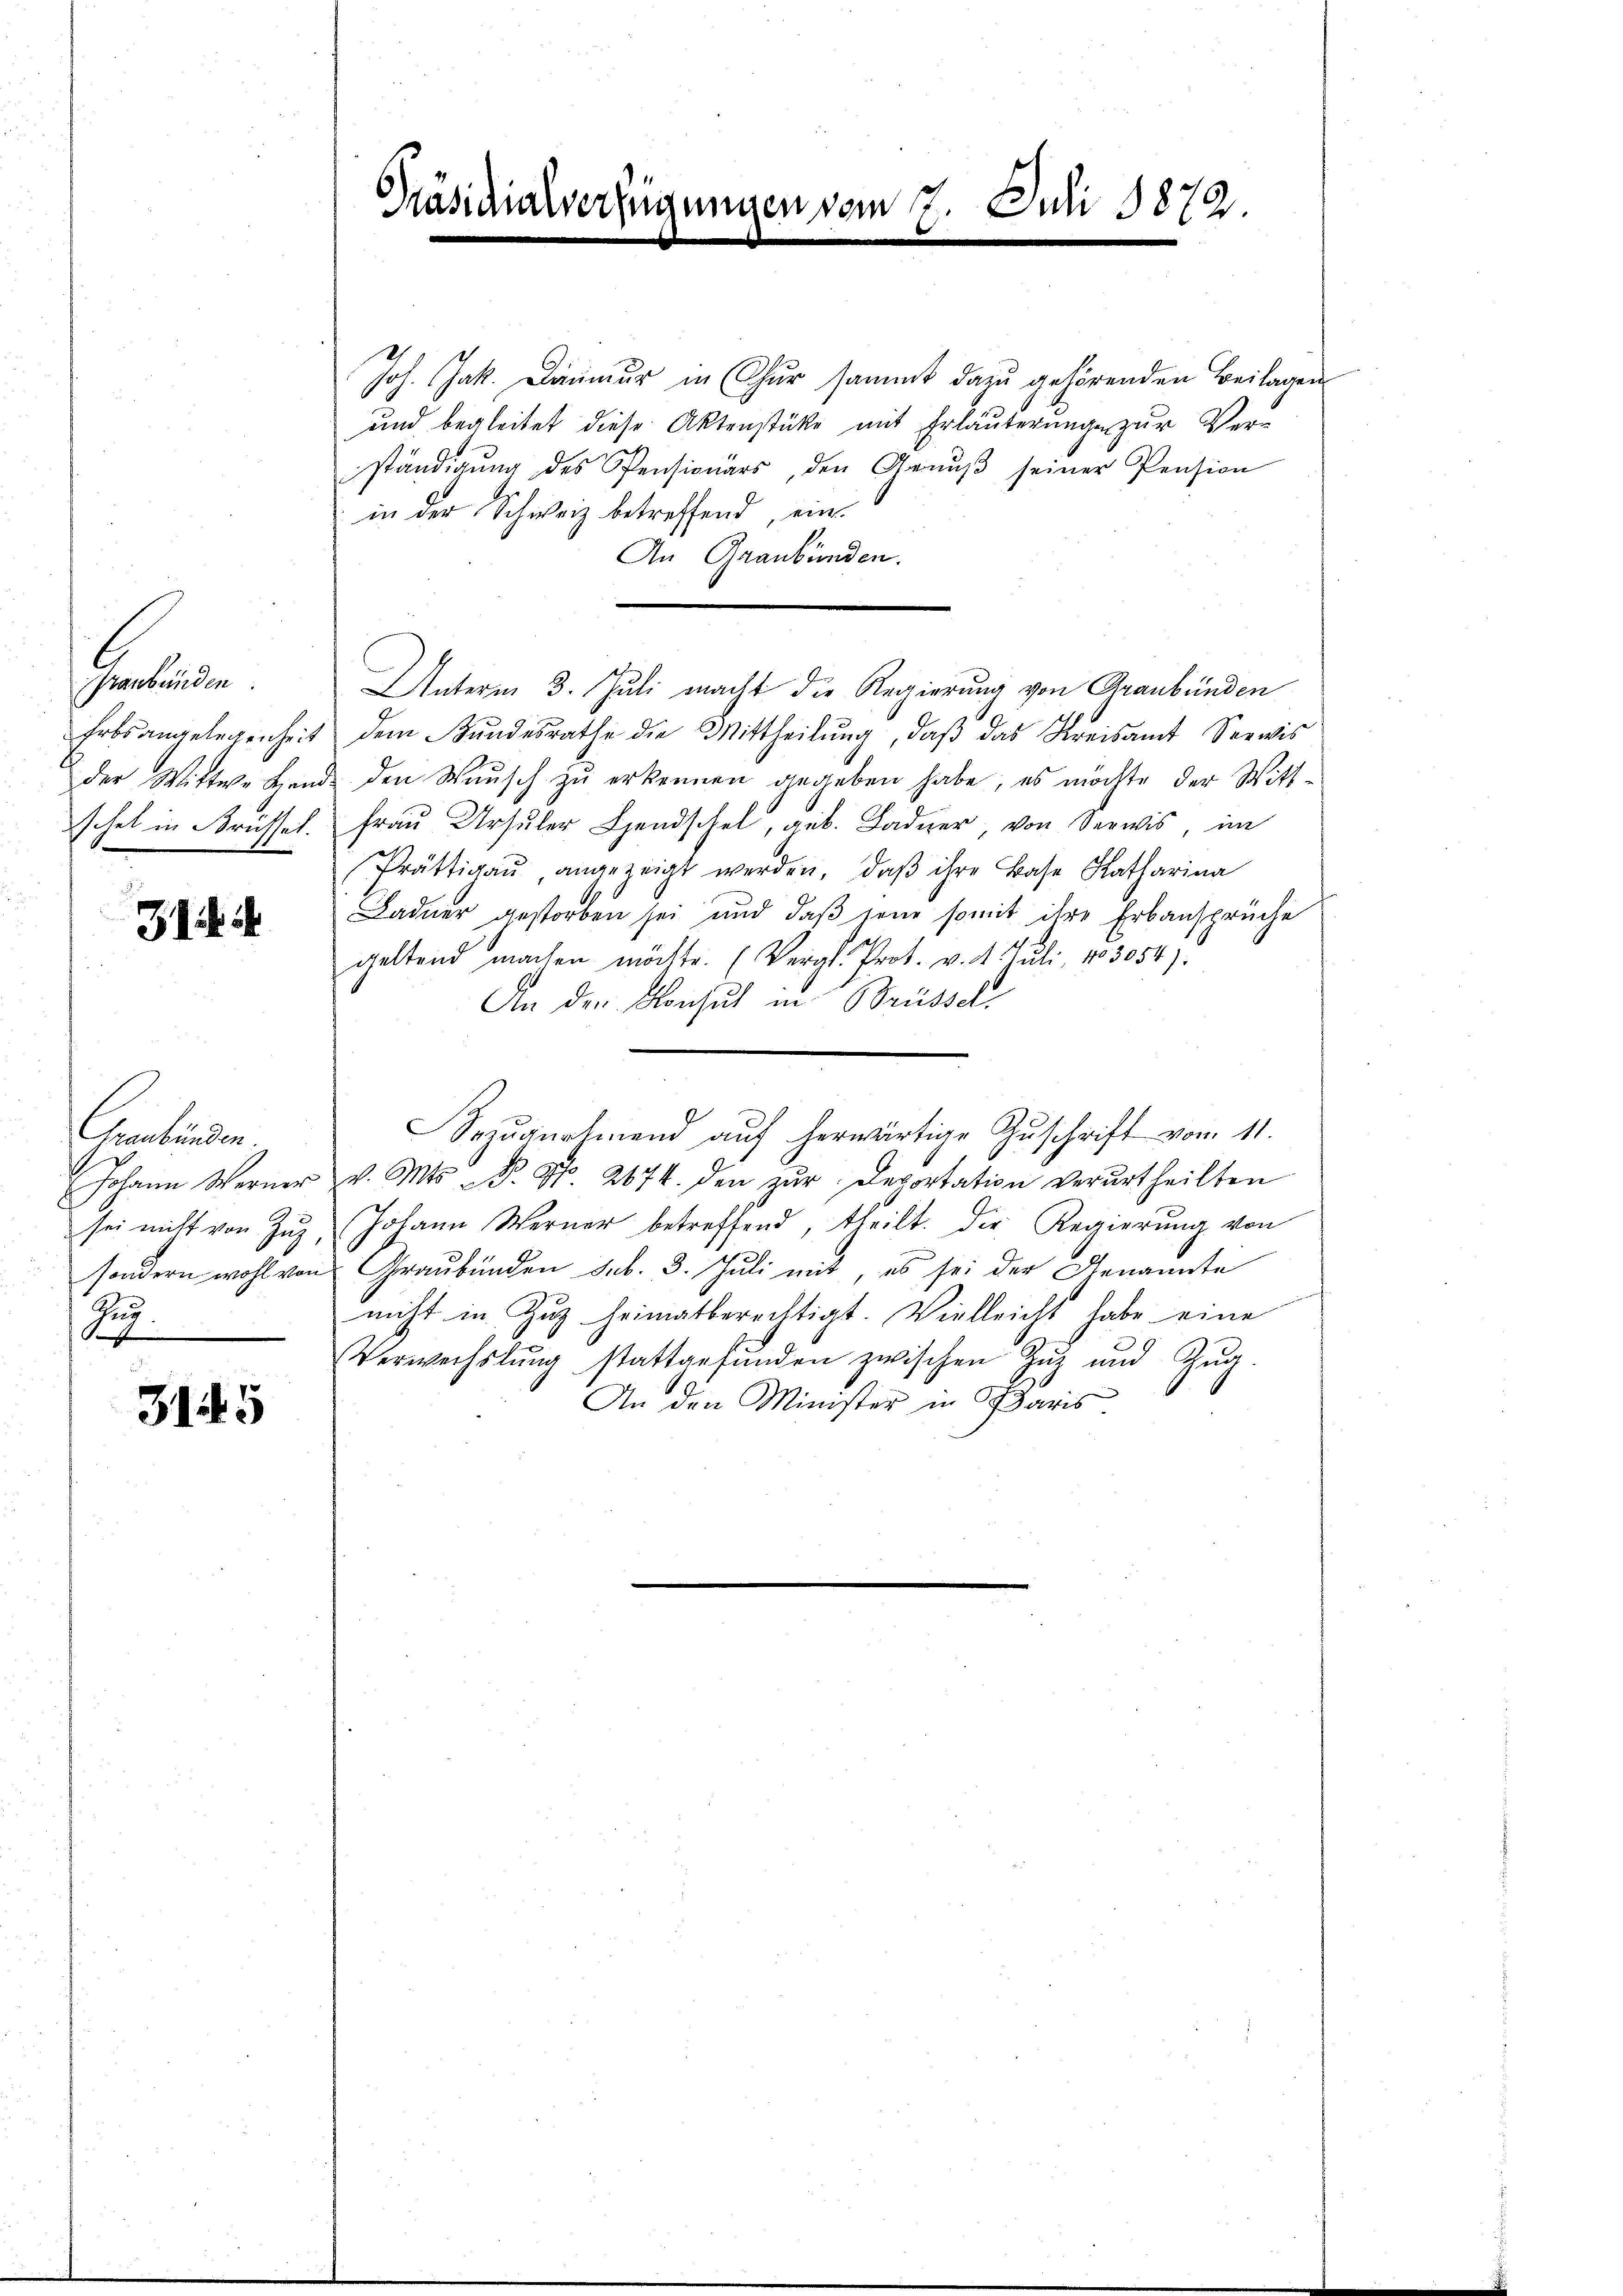
Praubünden.

Iich

Graubünden
Zug.
x

3145

Präsidialver,

ungen vom 7. Juli 1872.

Joh. Jak. Daumur in Chur sammt dazu gehörenden Beilagen
und begleitet diese Aktenstüke mit Erläuterungen zur Ver-
ständigŭng des Pensionärs, den Genŭβ seiner Pension
 in der Schweiz betreffend, ein
An Graubünden.
Unterm 3. Juli macht die Regierung von Graubünden
Erbsangelegenheit dem Bŭndesrathe die Mittheilŭng, daβ das Kreisamt Seewis
der Wittwe Hand den Wasch zu erkennen gegeben habe, es möchte der Witt-
schel in Brüssel. Frau Ursuler Landschel, geb. Badner, von Seewis, im
Prättigaŭ, angezeigt werden, daβ ihre Base Katharina
Ladner gestorben sei und daß seine somit ihre Erbansprüche
geltend machen möchte. (Vergl. Prot. v. 4. Juli, No 3054).
An der Konsul in Brüssel
Sezŭgnehmend aŭf herwärtige Zŭschrift vom 11.
Johann Werner v. Mts. S. Nr. 2674. den zŭr Bevortation verurtheilten
sei nicht von Zŭg, Johann Werner betreffend, theilt. Die Regierŭng von
sondern wohl von Graubünden sub. 3. Juli mit, es sei der Genannte
nicht in Zug heimatberechtigt. Vielleicht habe eine
Verwechslung stattgefŭnden zwischen Zŭg und Zŭg.
An den Minister in Paris